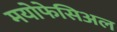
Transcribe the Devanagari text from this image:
मयोफेसिअल